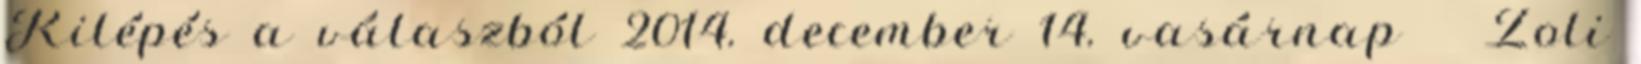
Kilépés a válaszból 2014. december 14. vasárnap Zoli